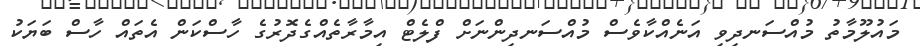
މައުލޫމާތު މުއްސަނދިވި އަނެއްކާވެސް މުއްސަނދިންނަށް ފްލެޓް އިމާރާތެއްގެދޮރުގެ ހާސްކަން އެތައް ހާސް ބަޔަކު